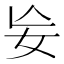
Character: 𡚶